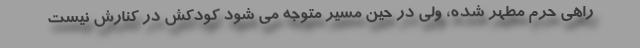
راهی حرم مطهر شده، ولی در حین مسیر متوجه می شود کودکش در کنارش نیست